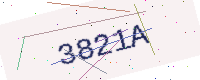
Text: 3821A